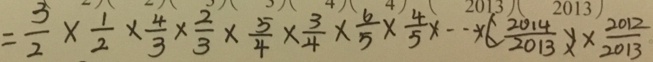
= \frac { 3 } { 2 } \times \frac { 1 } { 2 } \times \frac { 4 } { 3 } \times \frac { 2 } { 3 } \times \frac { 5 } { 4 } \times \frac { 3 } { 4 } \times \frac { 6 } { 5 } \times \frac { 4 } { 5 } \times \cdots \times ( \frac { 2 0 1 4 } { 2 0 1 3 } ) \times \frac { 2 0 1 2 } { 2 0 1 3 }